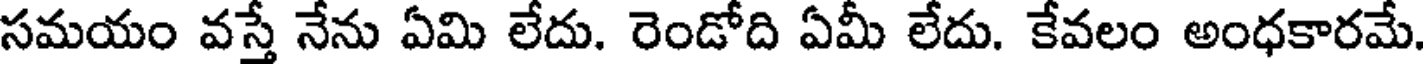
సమయం వస్తే నేను ఏమి లేదు. రెండోది ఏమీ లేదు. కేవలం అంధకారమే